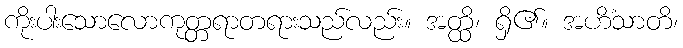
ကိုးပါးသောလောကုတ္တရာတရားသည်လည်း။ အတ္ထိ၊ ရှိ၏။ အဟိံသာတိ၊